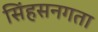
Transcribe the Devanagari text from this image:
सिंहसनगता